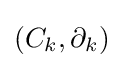
(C_{k},\partial _{k})